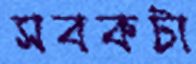
সবকটা